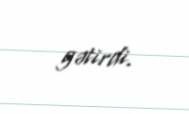
gətirdi.